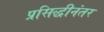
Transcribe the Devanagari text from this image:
प्रसिद्धीनंतर